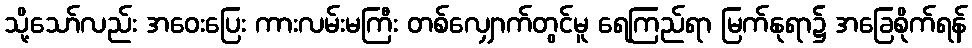
သို့သော်လည်း အဝေးပြေး ကားလမ်းမကြီး တစ်လျှောက်တွင်မူ ရေကြည်ရာ မြက်နုရာ၌ အခြေစိုက်ရန်